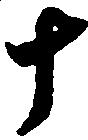
十